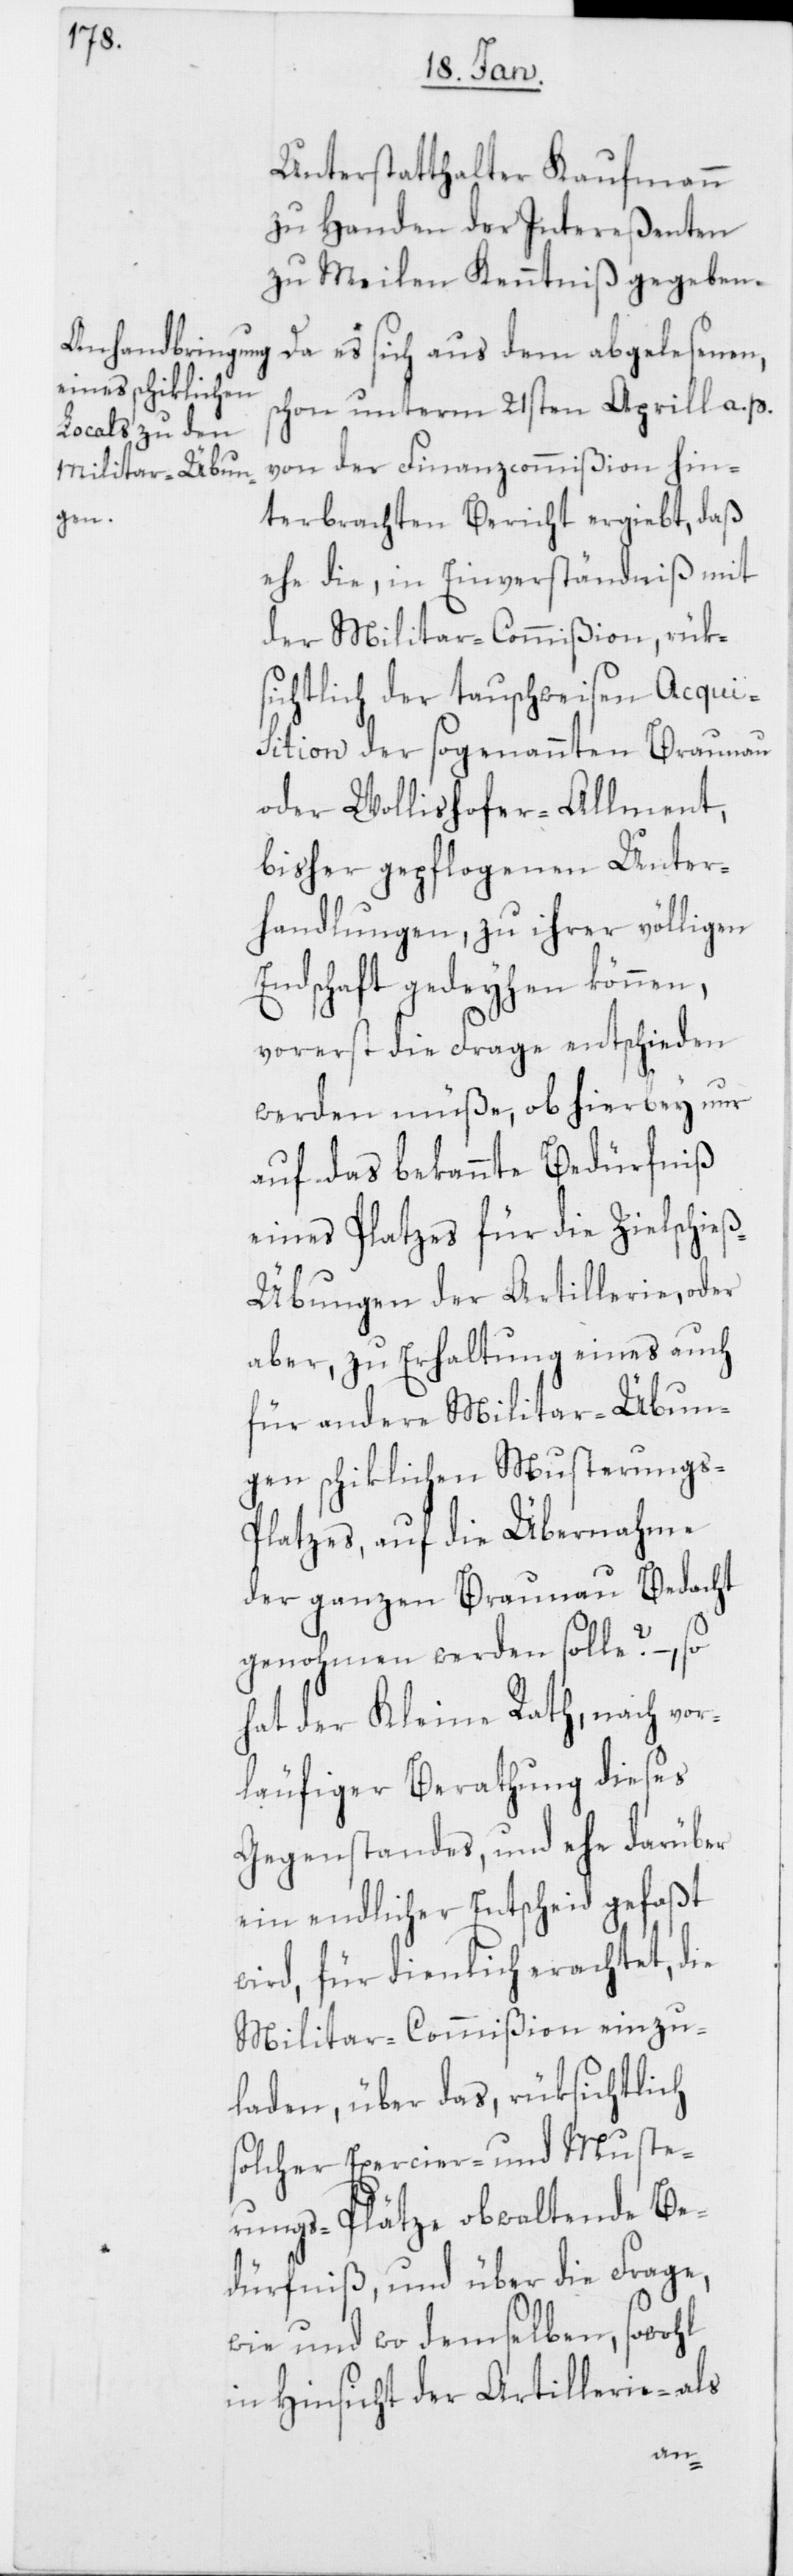
Unterstatthalter Kaufmann
zu Handen der Intereßenten
zu Meilen Kenntniß gegeben.
Da es sich aus dem abgelesenen,
schon unterm 21sten April a. p.
von der Finanzcommißion hin¬
terbrachten Bericht ergiebt, daß
ehe die, in Einverständniß mit
der Militar-Commißion, rük¬
sichtlich der tauschweisen Acqui¬
sition der sogenannten Braunau
oder Wollishofer-Allment,
bisher gepflogenen Unter¬
handlungen, zu ihrer völligen
Endschaft gedeyhen können,
vorerst die Frage entschieden
werden müße, ob hierbey nur
auf das bekannte Bedürfniß
eines Platzes für die Zielschie¬
ß-Übungen der Artillerie, oder
aber, zu Erhaltung eines auch
für andere Militar-Übun¬
gen schiklichen Musterung¬
s-Platzes, auf die Übernahme
der ganzen Braunau Bedacht
genohmen werden solle? –, so
hat der Kleine Rath, nach vor¬
läufiger Berathung dieses
Gegenstandes, und ehe darüber
ein endlicher Entscheid gefaßt
wird, für dienlich erachtet, die
Militar-Commißion einzu¬
laden, über das, rüksichtlich
solcher Exercier- und Muste¬
rungs-Plätze obwaltende Be¬
dürfniß, und über die Frage,
wie und wo demselben, sowohl
in Hinsicht der Artillerie- als